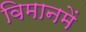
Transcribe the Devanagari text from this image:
विमानमें